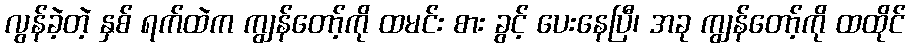
လွန်ခဲ့တဲ့ နှစ် ရက်ထဲက ကျွန်တော့်ကို ထမင်း စား ခွင့် ပေးနေပြီ၊ အခု ကျွန်တော့်ကို ထထိုင်